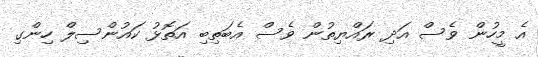
އެ މީހުން ވެސް އަދި ރައްޔިތުން ވެސް އެބަތިބި އަތޮޅު ކައުންސިލް ހިންގި